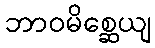
ဘာဝမိစ္ဆေယျ